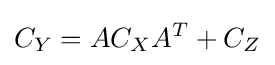
C_{Y}=AC_{X}A^{T}+C_{Z}